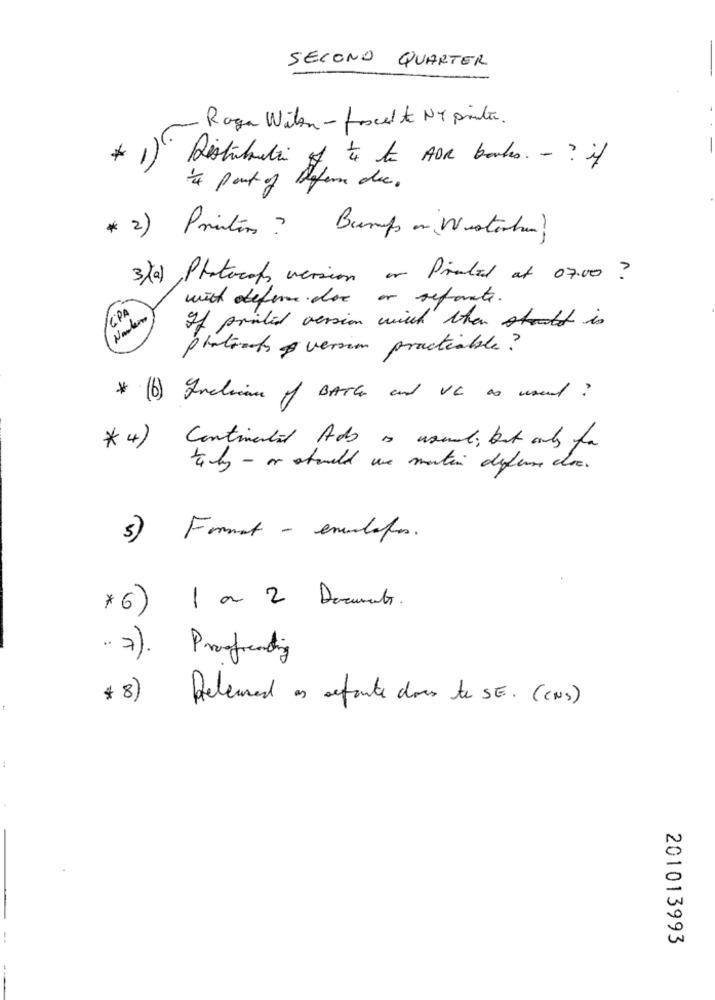
SECOND QUARTER
- Roga Willem - foxcette NY printer.
Distribution of to be FOR banks. - ? if
ta part of Defem die.
* 2)
Printins ?
Bump on Westerham ?
3)a), Platacak, version or Pirated at 07.00?
with defense dos or refonte.
/CPA
If printed version with then stuff is
platamts version practicable?
* (6 ) Inclusane of BATH and VC as used ?
*4)
Continental Ads as usual, but only for
taky - or atveld une martin defense doc.
3) Format - emulates.
*6) 1 a 2 Documents.
. 7). Proofreading
# 8) Released as afonte does to SE. (CNS)
201013993